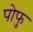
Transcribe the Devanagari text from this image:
पोफु